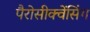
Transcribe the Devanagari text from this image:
पैरोसीक्वेंसिंग